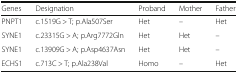
| Genes | Designation | Proband | Mother | Father |
 | --- | --- | --- | --- | --- |
 | PNPT1 | c.1519G > T; p.Ala507Ser | Het | – | Het |
 | SYNE1 | c.23315G > A; p.Arg7772Gln | Het | Het | – |
 | SYNE1 | c.13909G > A; p.Asp4637Asn | Het | Het | – |
 | ECHS1 | c.713C > T; p.Ala238Val | Homo | – | Het |